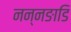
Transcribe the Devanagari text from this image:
नन्नङाडि